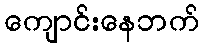
ကျောင်းနေဘက်